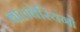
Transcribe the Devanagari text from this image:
बालबेरिंयगों